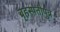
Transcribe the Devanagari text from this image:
बृहस्पतीपुत्र